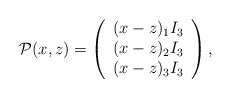
\begin{align*}\mathcal{P}(x, z)=\left(\begin{array}{c}(x-z)_1 I_3\\ (x-z)_2 I_3\\ (x-z)_3 I_3\end{array} \right),\end{align*}